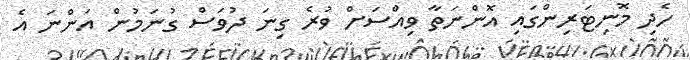
ހެދި މޮނިޓަރިންގައި އޮންނަތާ ވިއްސަށް ވުރެ ގިނަ ދުވަސް ގުނަމުން އަންނަ އެ